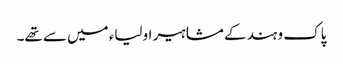
پاک و ہند کے مشاہیر اولیاء میں سے تھے۔